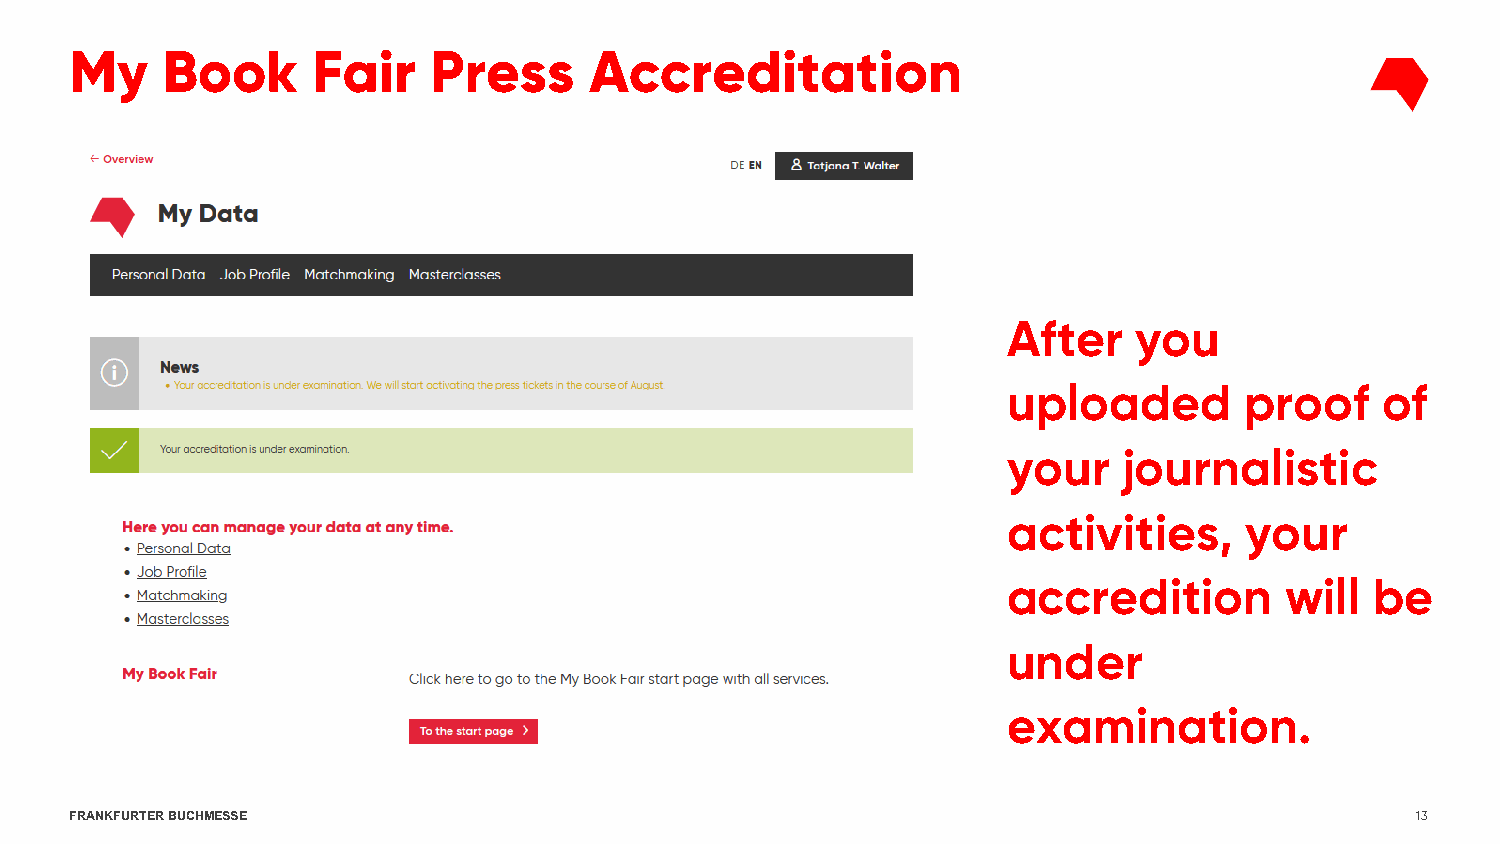
My    Book      Fair   Press      Accreditation
 After   you
 uploaded       proof    of
 your   journalistic
 activities,    your
 accredition       will  be
 under
 examination.
 FRANKFURTER BUCHMESSE                                                                    13